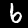
Digit: 6